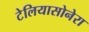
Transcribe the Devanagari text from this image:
टेलियासोनेरा